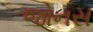
જોનસ